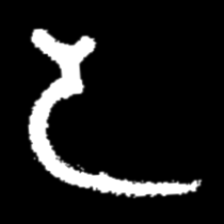
Pyu character \u2014 Myanmar letter: ဒ (romanized: da)